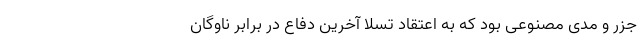
جزر و مدی مصنوعی بود که به اعتقاد تسلا آخرین دفاع در برابر ناوگان